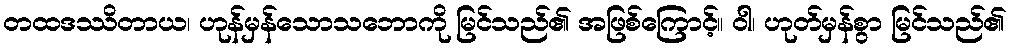
တထဒဿိတာယ၊ ဟုန်မှန်သောသဘောကို မြင်သည်၏ အဖြစ်ကြောင့်။ ဝါ၊ ဟုတ်မှန်စွာ မြင်သည်၏